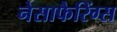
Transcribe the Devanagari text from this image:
नेसाफैरिंग्स